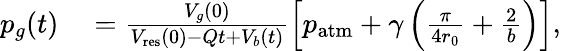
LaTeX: \begin{array}{rl}{p_{g}(t)}&{{}=\frac{V_{g}(0)}{V_{\mathrm{res}}(0)-Qt+V_{b}(t)}\left[p_{\textrm{atm}}+\gamma\left(\frac{\pi}{4r_{0}}+\frac{2}{b}\right)\right],}\end{array}